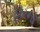
હારનો